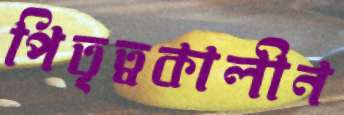
পিতৃত্বকালীন